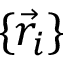
\{ \vec { r } _ { i } \}